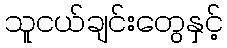
သူငယ်ချင်းတွေနှင့်